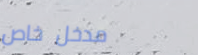
مدخل خاص